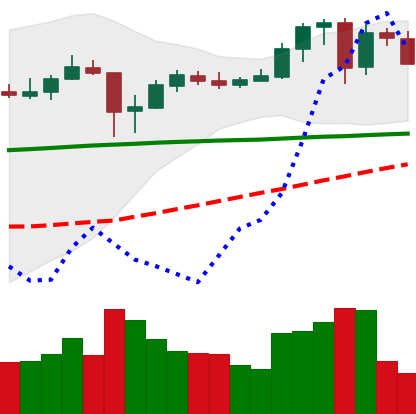
Ticker: ADA-USD
Chart end date: 2020-05-24
Forward return: 22.832%
Label: up_7plus